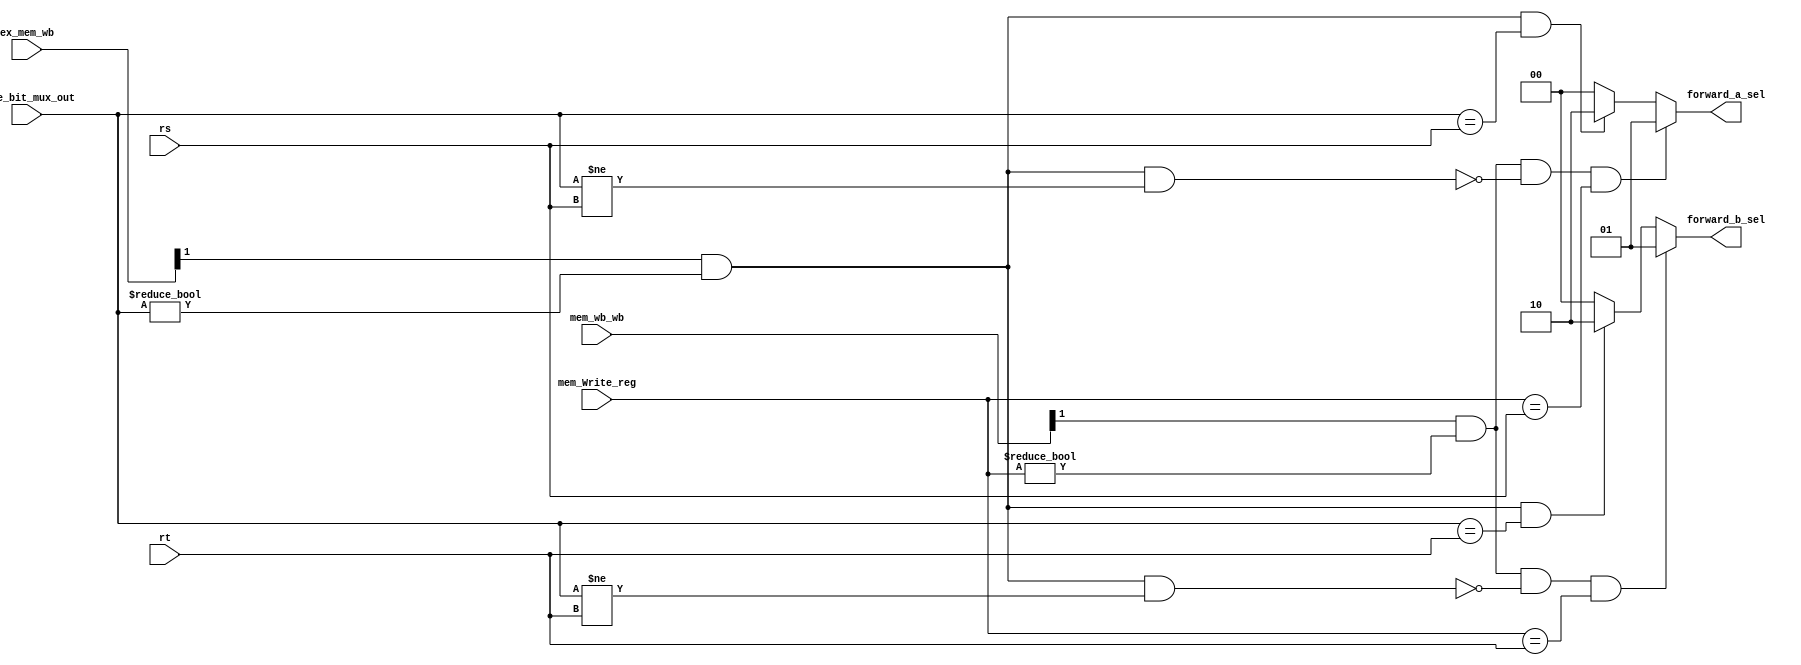
module FORWARDING_UNIT_1(
	input  [4:0] rs, 
	input  [4:0] rt, 
	input  [4:0] five_bit_mux_out, 
	input  [1:0] ex_mem_wb, 
	input  [4:0] mem_Write_reg,
	input  [1:0] mem_wb_wb, 
	output reg [1:0] forward_a_sel,
	output reg [1:0] forward_b_sel);
	always @ * begin
		forward_a_sel <= 2'b00;
		forward_b_sel <= 2'b00;
		if (ex_mem_wb[1] && 
		    (five_bit_mux_out != 0) && (five_bit_mux_out == rs)) 
			begin
				forward_a_sel <= 2'b10;
			end
		if (ex_mem_wb[1] && 
		    (five_bit_mux_out != 0) && (five_bit_mux_out == rt)) 
			begin
				forward_b_sel <= 2'b10;
			end
		if (mem_wb_wb[1] && (mem_Write_reg != 0) && 
		    !(ex_mem_wb[1] && (five_bit_mux_out != 0) && (five_bit_mux_out != rs)) && 
			 (mem_Write_reg == rs)) 
			begin
				forward_a_sel <= 2'b01;
			end
		if (mem_wb_wb[1] && (mem_Write_reg != 0) && 
		    !(ex_mem_wb[1] && (five_bit_mux_out != 0) && (five_bit_mux_out != rt)) && 
			 (mem_Write_reg == rt)) 
			begin
				forward_b_sel <= 2'b01;
			end
	end						  
endmodule